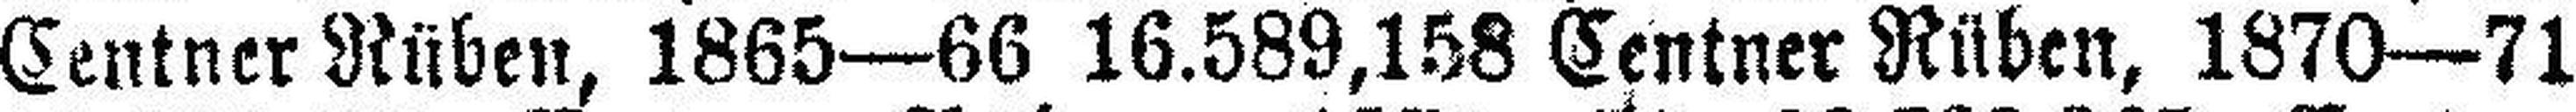
Centner Rüben, 1865—66 16.589,158 Centner Rüben, 1870—71